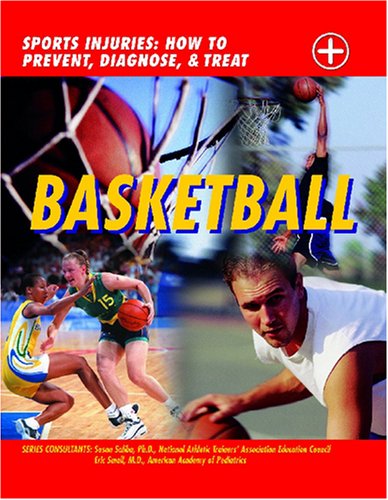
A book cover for Basketball (Sports Injuries: How to Prevent, Diagnose & Treat); John D. Wright; Teen & Young Adult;